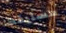
مستيقظا